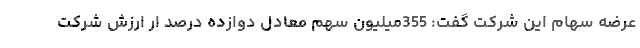
عرضه سهام این شرکت گفت: 355میلیون سهم معادل دوازده درصد ار ارزش شرکت